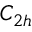
C _ { 2 h }